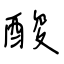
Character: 酸